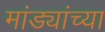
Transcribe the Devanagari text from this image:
मांड्यांच्या